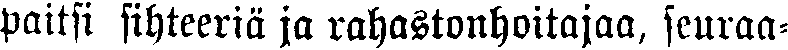
paitsi sihteeriä ja rahastonhoitajaa, seuraa-